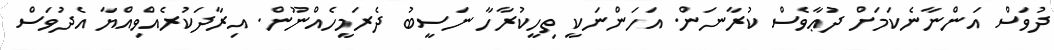
ދުވަސް އަންނާނެކަމަށް ދުޢާވެސް ކުރާނަން. އަހަންނަކީ ތިހީކުރާހާ ނަސީބު ދެރަމީހެއްނޫން. އިރާދަކުރެއްވިއްޔާ އެދުވަސް